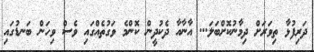
ދަރިފުޅާ ތިވަރަށް ދިމާނުކޮށްބަލަ... އާނާއާ ދެކުދީން ކޮންމެ ވަގުތެއްގައި ވެސް ވިހަން ބަނޑުގައި